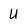
Character: U